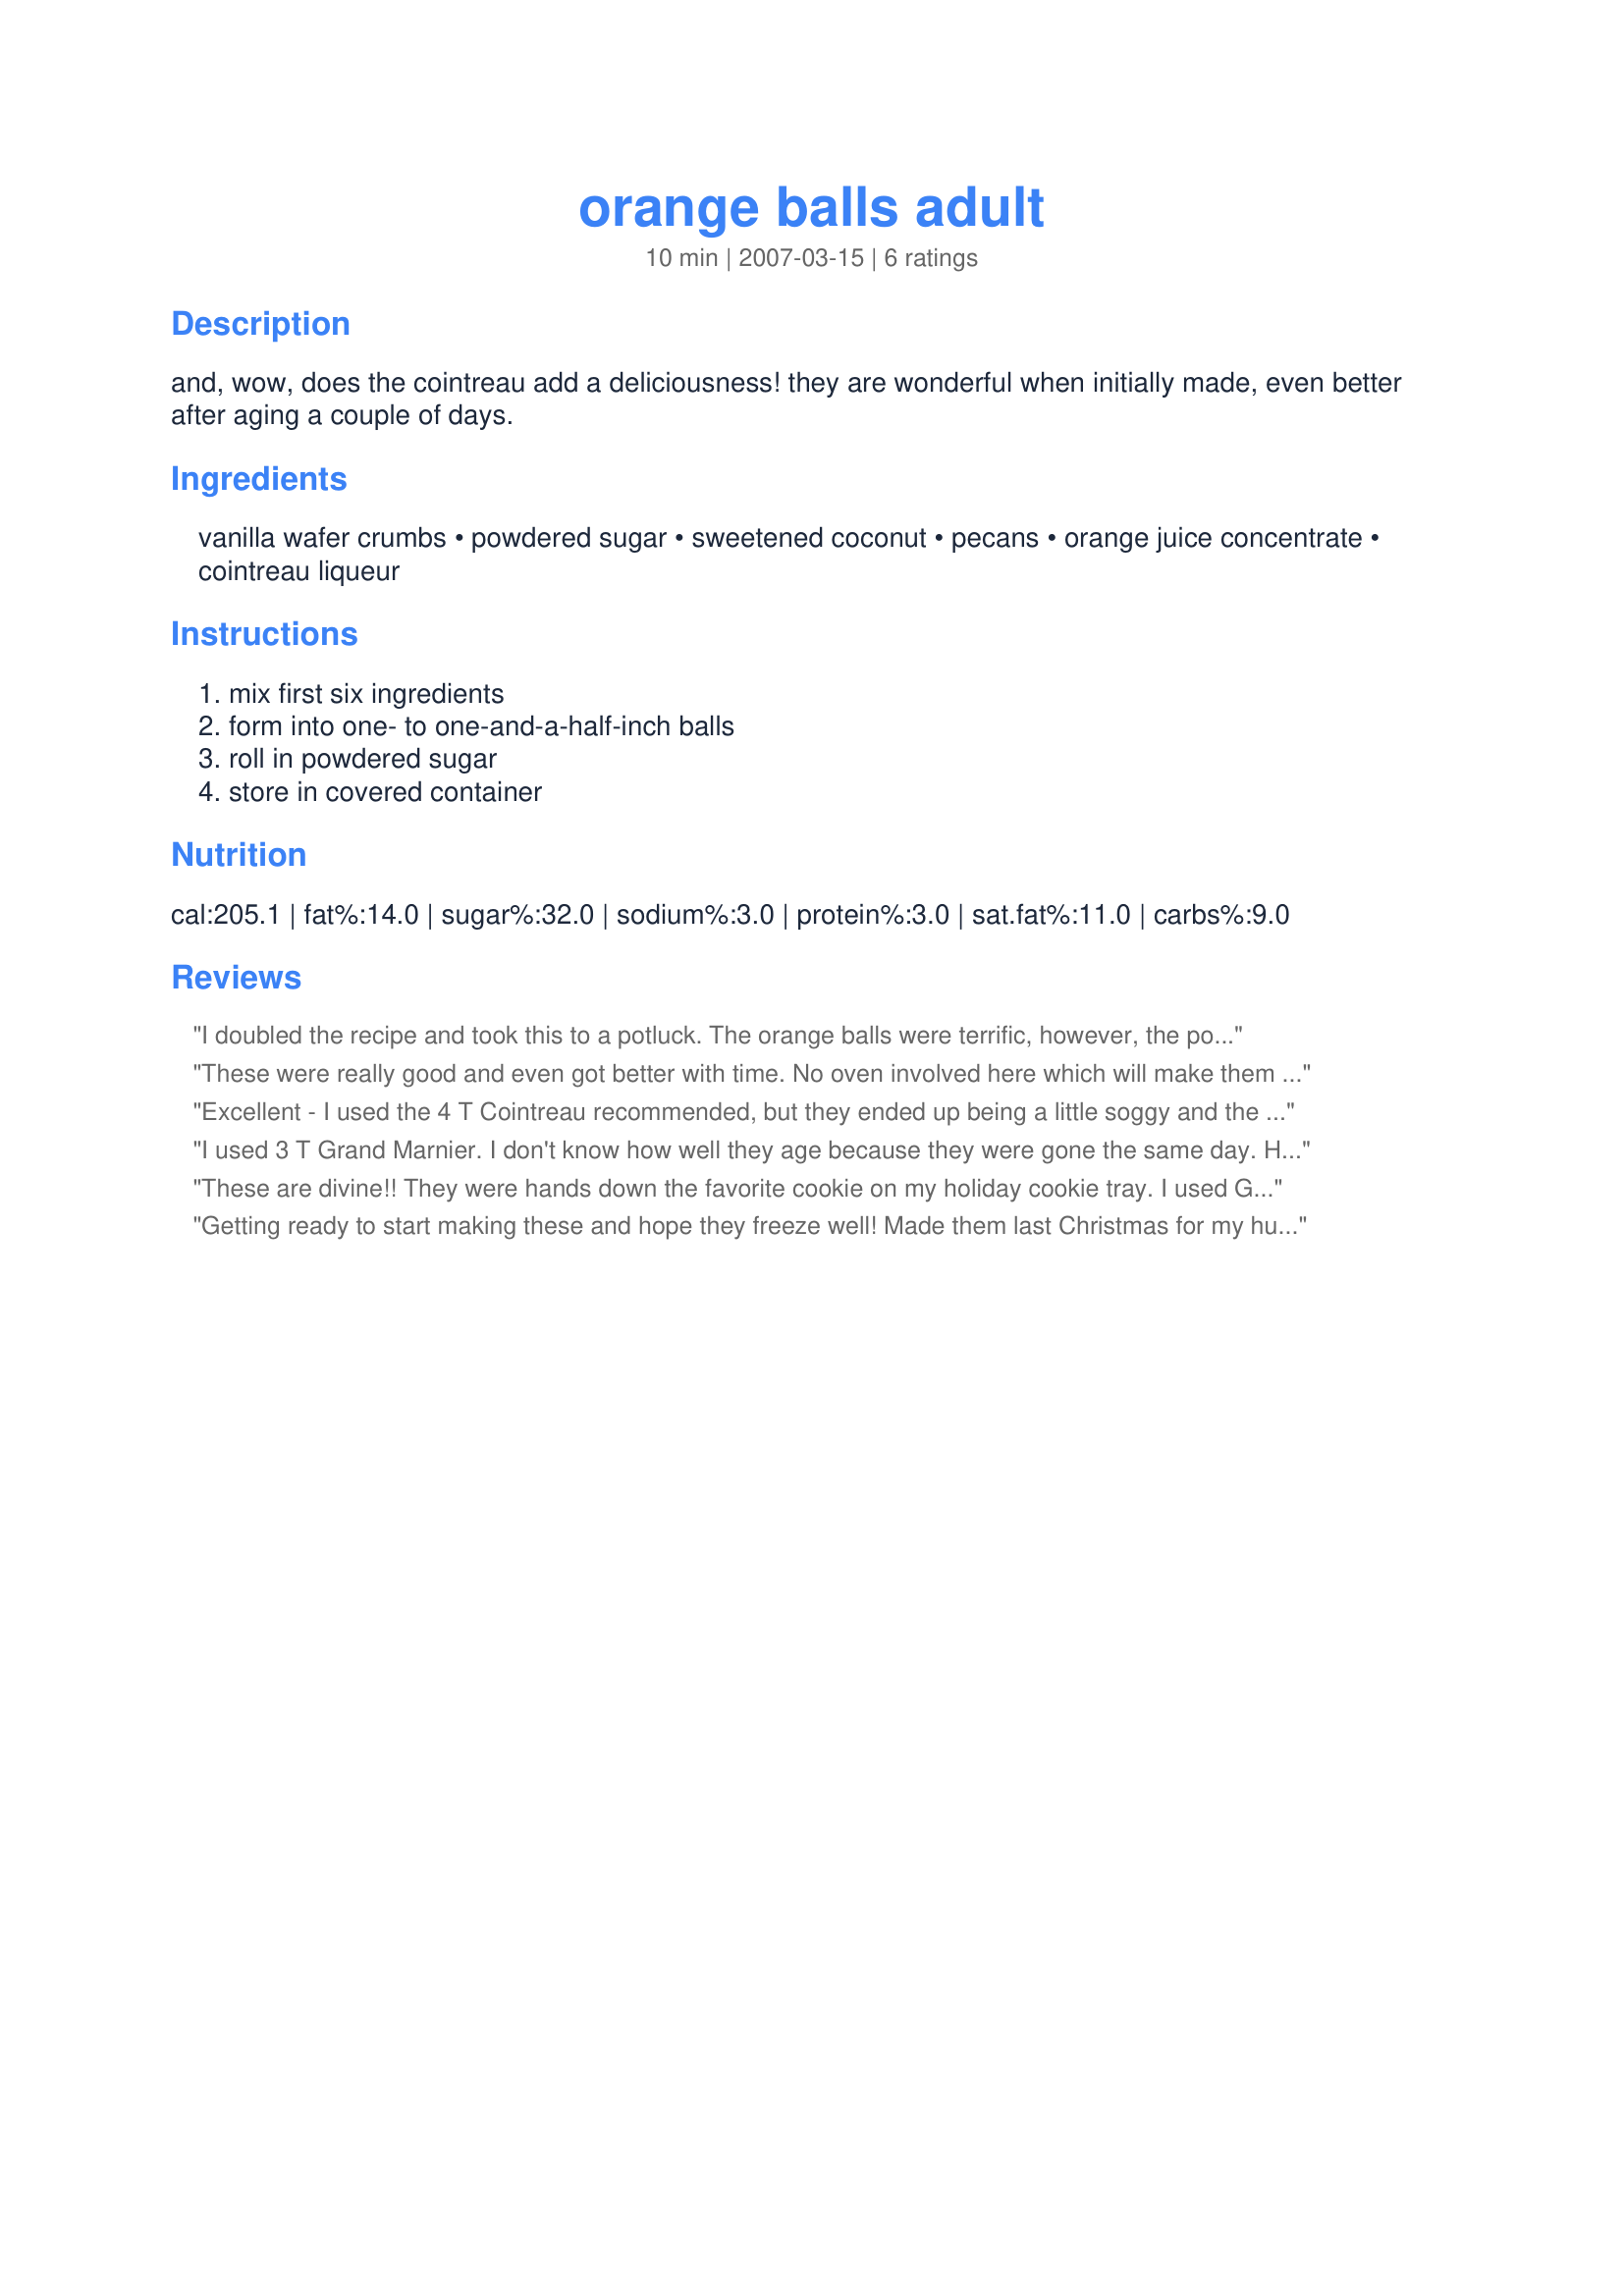
orange balls adult
Preparation time: 10 minutes

and, wow, does the cointreau add a deliciousness! they are wonderful when initially made, even better after aging a couple of days.

Ingredients:
vanilla wafer crumbs, powdered sugar, sweetened coconut, pecans, orange juice concentrate, cointreau liqueur

Steps:
mix first six ingredients, form into one- to one-and-a-half-inch balls, roll in powdered sugar, store in covered container

Reviews:
I doubled the recipe and took this to a potluck. The orange balls were terrific, however, the pot luck was a way out of town and not too many showed up for it. But there is always a good to everything. I now have orange balls in my freezer for future enjoyment. Thanks BarbryT
These were really good and even got better with time. No oven involved here which will make them a great summertime recipe. I was pretty heavy handed with the cointreau but be warned, too much and they'll come out like pancakes :) Thanks Barbry!
Excellent - I used the 4 T Cointreau recommended, but they ended up being a little soggy and the powdered sugar turned icky when I rolled them. I think next time I also need to make the balls smaller.
I used 3 T Grand Marnier. I don't know how well they age because they were gone the same day. Had friends pop in and they were gone in no time.
These are divine!! They were hands down the favorite cookie on my holiday cookie tray. I used Grand Marnier instead of Cointreau because I had it on hand (I used about 3 1/2T.) and it worked great. These are definitely better after a couple of days but you had better hide them or they won't last that long.
I am not a baker so I appreciated the fact that these just require mixing and rolling. It took me about 45 minutes to roll, but I made one inch balls rather than the larger size recommended in the recipe and got about 40 cookies.
These will be included on my Christmas cookie tray from now on. Thank you for posting BarbryT!
Getting ready to start making these and hope they freeze well! Made them last Christmas for my hubby who recalled his grandmother's being oh so good. These were a huge hit!
